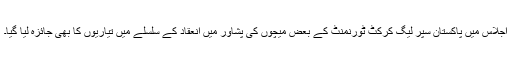
اجلاس میں پاکستان سپر لیگ کرکٹ ٹورنمنٹ کے بعض میچوں کی پشاور میں انعقاد کے سلسلے میں تیاریوں کا بھی جائزہ لیا گیا۔